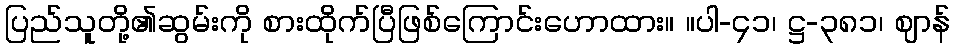
ပြည်သူတို့၏ဆွမ်းကို စားထိုက်ပြီဖြစ်ကြောင်းဟောထား။ ။ပါ-၄၁၊ ဋ္ဌ-၃၈၁၊ ဈာန်